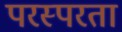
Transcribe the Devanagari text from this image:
परस्परता